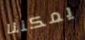
يمكننا